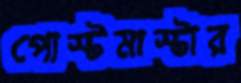
পোস্টমাস্টার